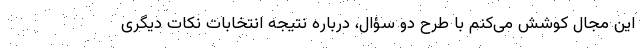
این مجال کوشش می‌کنم با طرح دو سؤال، درباره نتیجه انتخابات نکات دیگری